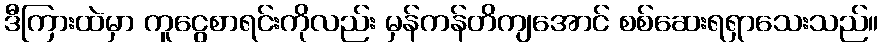
ဒီကြားထဲမှာ ကူငွေစာရင်းကိုလည်း မှန်ကန်တိကျအောင် စစ်ဆေးရရှာသေးသည်။